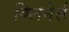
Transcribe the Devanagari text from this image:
क्लिनेर्स